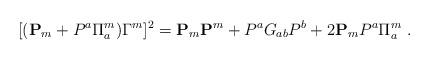
LaTeX: \begin{align*}[({\bf P}_{m} + P^a \Pi _a ^m) \Gamma^m]^2 = {\bf P}_{m} {\bf P}^{m} +P^{a}G_{ab}P^{b} + 2 {\bf P}_{m} P^a \Pi _a ^m \ .\end{align*}